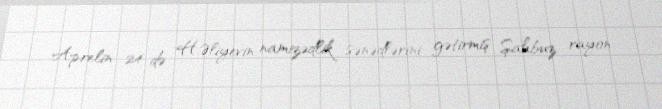
Aprelin 24-də H.Əliyevin namizədlik sənədlərini gətirmiş Şahbuz rayon